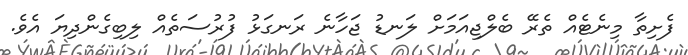
ފެށިތާ މިނެޓެއް ތެރޭ ބެލްޖިއަމަށް ލަނޑު ޖަހާނެ ރަނގަޅު ފުރުސަތެއް ލިބިގެންދިޔަ އެވެ.